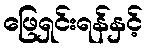
ဖြေရှင်းရန်နှင့်